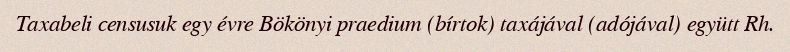
Taxabeli censusuk egy évre Bökönyi praedium (bírtok) taxájával (adójával) együtt Rh.